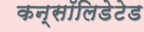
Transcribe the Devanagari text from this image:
कन्सॉलिडेटेड